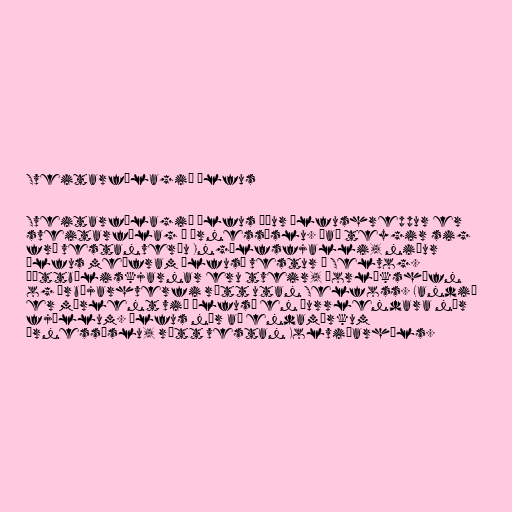
Sveitarfélagið Ölfus

Sveitarfélagið Ölfus áður Ölfushreppur er
sveitarfélag í Árnessýslu. Það teygir sig
frá vestanverðu Ingólfsfjalli, niður
Ölfus meðfram Ölfusá vestur í Selvog.
Þéttbýliskjarnar eru tveir, Þorlákshöfn
og Árbæjarhverfi rétt utan Selfoss. Landið
er mýrlent við Ölfusá en þurrlendara nær
fjöllum. Ölfus nær að endamörkum
Árnessýslu, rétt vestan Kolviðarhóls.